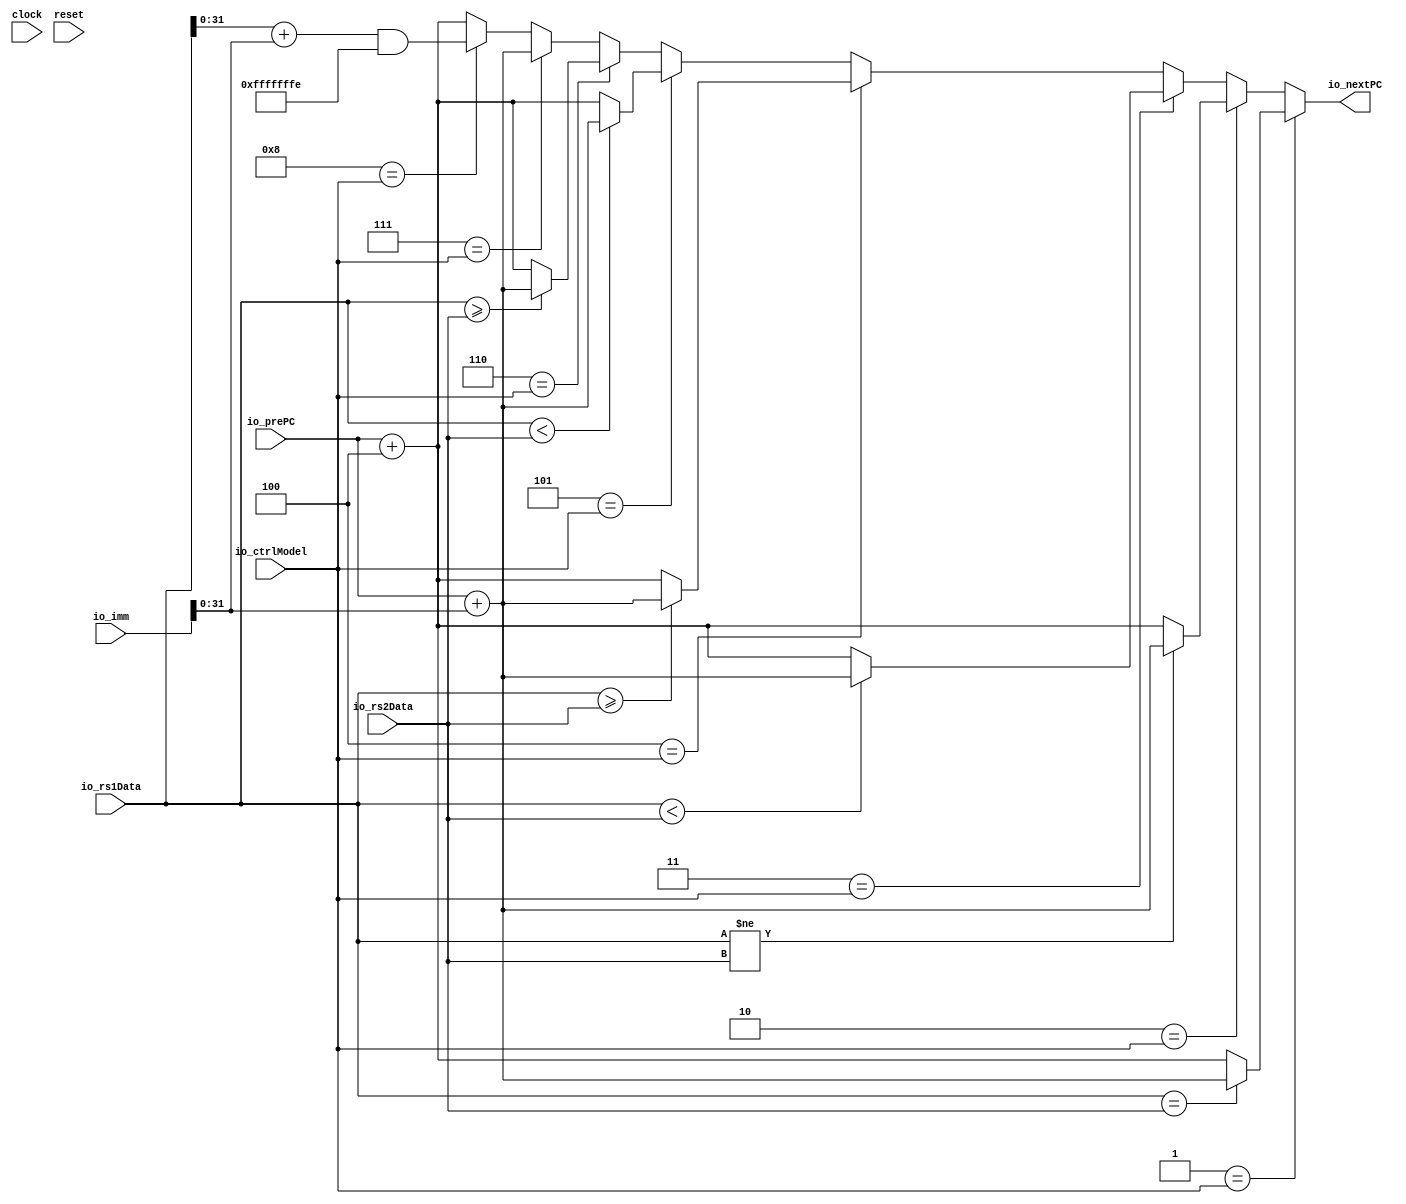
module ctrlTransfer(
  input         clock,
  input         reset,
  input  [3:0]  io_ctrlModel,
  input  [31:0] io_prePC,
  input  [63:0] io_imm,
  input  [63:0] io_rs1Data,
  input  [63:0] io_rs2Data,
  output [31:0] io_nextPC
);
  wire [31:0] rs1Data32 = io_rs1Data[31:0]; // @[ctrlTransfer.scala 21:29]
  wire [63:0] _GEN_14 = {{32'd0}, io_prePC}; // @[ctrlTransfer.scala 30:22]
  wire [63:0] _pcADDimm_T_1 = _GEN_14 + io_imm; // @[ctrlTransfer.scala 30:22]
  wire [63:0] _GEN_15 = {{32'd0}, rs1Data32}; // @[ctrlTransfer.scala 31:27]
  wire [63:0] _rs1ADDimm_T_1 = _GEN_15 + io_imm; // @[ctrlTransfer.scala 31:27]
  wire [63:0] _rs1ADDimm_T_2 = _rs1ADDimm_T_1 & 64'hfffffffe; // @[ctrlTransfer.scala 31:34]
  wire [31:0] pcADD4 = io_prePC + 32'h4; // @[ctrlTransfer.scala 32:22]
  wire [31:0] pcADDimm = _pcADDimm_T_1[31:0];
  wire [31:0] _GEN_0 = io_rs1Data == io_rs2Data ? pcADDimm : pcADD4; // @[ctrlTransfer.scala 34:13 37:{33,41}]
  wire [31:0] _GEN_1 = io_rs1Data != io_rs2Data ? pcADDimm : pcADD4; // @[ctrlTransfer.scala 34:13 40:{33,41}]
  wire [31:0] _GEN_2 = $signed(io_rs1Data) < $signed(io_rs2Data) ? pcADDimm : pcADD4; // @[ctrlTransfer.scala 34:13 43:{45,53}]
  wire [31:0] _GEN_3 = $signed(io_rs1Data) >= $signed(io_rs2Data) ? pcADDimm : pcADD4; // @[ctrlTransfer.scala 34:13 46:{46,54}]
  wire [31:0] _GEN_4 = io_rs1Data < io_rs2Data ? pcADDimm : pcADD4; // @[ctrlTransfer.scala 34:13 49:{31,39}]
  wire [31:0] _GEN_5 = io_rs1Data >= io_rs2Data ? pcADDimm : pcADD4; // @[ctrlTransfer.scala 34:13 52:{32,40}]
  wire [31:0] rs1ADDimm = _rs1ADDimm_T_2[31:0];
  wire [31:0] _GEN_6 = 4'h8 == io_ctrlModel ? rs1ADDimm : pcADD4; // @[ctrlTransfer.scala 34:13 35:20 58:14]
  wire [31:0] _GEN_7 = 4'h7 == io_ctrlModel ? pcADDimm : _GEN_6; // @[ctrlTransfer.scala 35:20 55:14]
  wire [31:0] _GEN_8 = 4'h6 == io_ctrlModel ? _GEN_5 : _GEN_7; // @[ctrlTransfer.scala 35:20]
  wire [31:0] _GEN_9 = 4'h5 == io_ctrlModel ? _GEN_4 : _GEN_8; // @[ctrlTransfer.scala 35:20]
  wire [31:0] _GEN_10 = 4'h4 == io_ctrlModel ? _GEN_3 : _GEN_9; // @[ctrlTransfer.scala 35:20]
  wire [31:0] _GEN_11 = 4'h3 == io_ctrlModel ? _GEN_2 : _GEN_10; // @[ctrlTransfer.scala 35:20]
  wire [31:0] _GEN_12 = 4'h2 == io_ctrlModel ? _GEN_1 : _GEN_11; // @[ctrlTransfer.scala 35:20]
  assign io_nextPC = 4'h1 == io_ctrlModel ? _GEN_0 : _GEN_12; // @[ctrlTransfer.scala 35:20]
endmodule